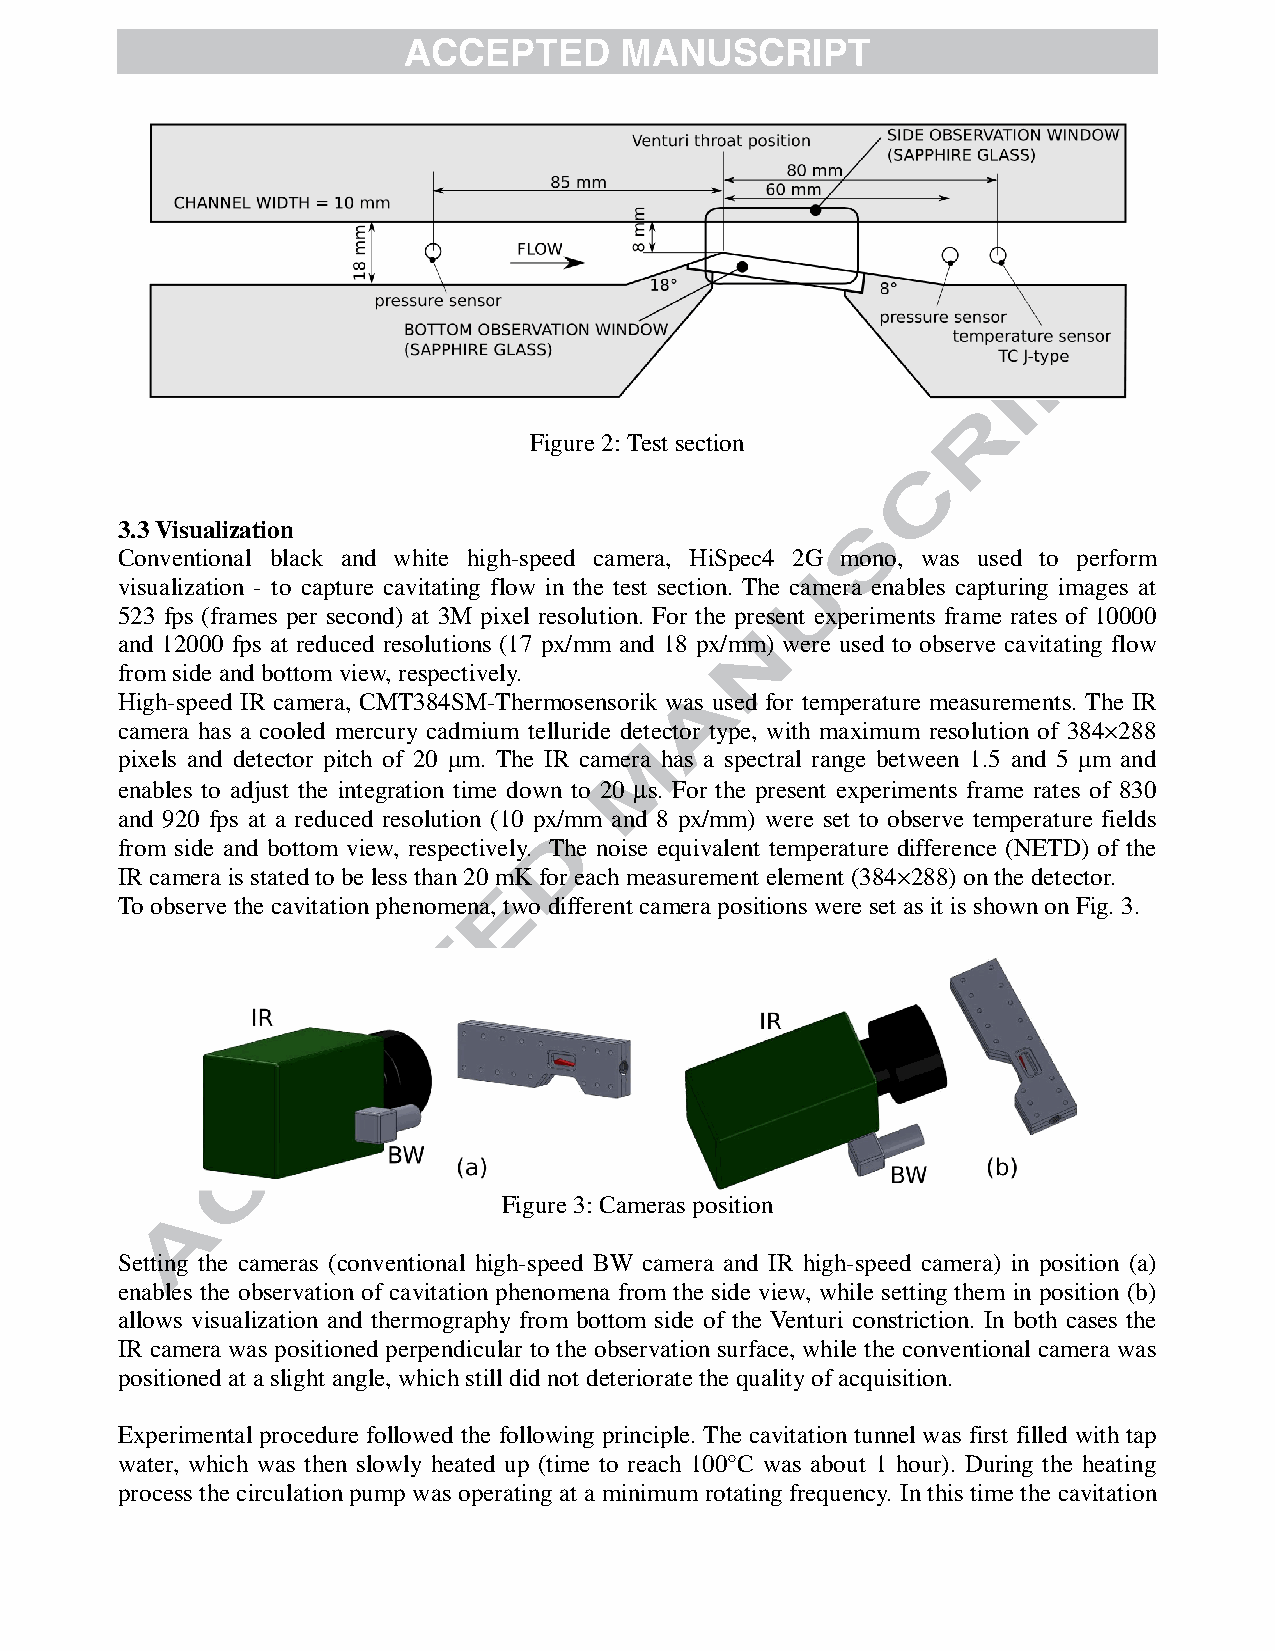
Figure 2: Test section
 3.3 Visualization
 Conventional black and white high-speed camera, HiSpec4 2G mono, was used to perform
 visualization - to capture cavitating flow in the test section. The camera enables capturing images at
 523 fps (frames per second) at 3M pixel resolution. For the present experiments frame rates of 10000
 and 12000 fps at reduced resolutions (17 px/mm and 18 px/mm) were used to observe cavitating flow
 from side and bottom view, respectively.
 High-speed IR camera, CMT384SM-Thermosensorik was used for temperature measurements. The IR
 camera has a cooled mercury cadmium telluride detector type, with maximum resolution of 384×288
 pixels and detector pitch of 20 µm. The IR camera has a spectral range between 1.5 and 5 µm and
 enables to adjust the integration time down to 20 µs. For the present experiments frame rates of 830
 and 920 fps at a reduced resolution (10 px/mm and 8 px/mm) were set to observe temperature fields
 from side and bottom view, respectively. The noise equivalent temperature difference (NETD) of the
 IR camera is stated to be less than 20 mK for each measurement element (384×288) on the detector.
 To observe the cavitation phenomena, two different camera positions were set as it is shown on Fig. 3.
 Figure 3: Cameras position
 Setting the cameras (conventional high-speed BW camera and IR high-speed camera) in position (a)
 enables the observation of cavitation phenomena from the side view, while setting them in position (b)
 allows visualization and thermography from bottom side of the Venturi constriction. In both cases the
 IR camera was positioned perpendicular to the observation surface, while the conventional camera was
 positioned at a slight angle, which still did not deteriorate the quality of acquisition.
 Experimental procedure followed the following principle. The cavitation tunnel was first filled with tap
 water, which was then slowly heated up (time to reach 100°C was about 1 hour). During the heating
 process the circulation pump was operating at a minimum rotating frequency. In this time the cavitation